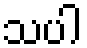
သပါ